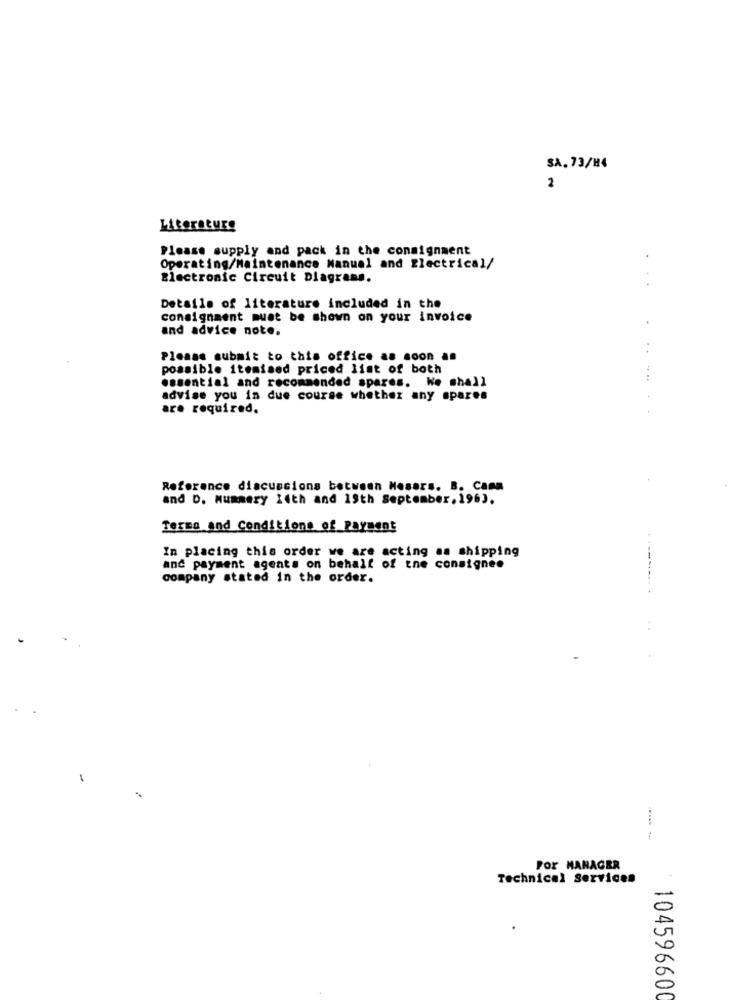
SA. 73/H4
2
Literature
Please supply and pack in the consignment
Operating/Maintenance Manual and Electrical/
Electronic Circuit Diagrams.
Details of literature included in the
consignment must be shown on your invoice
and advice note.
. ..
Please submit to this office as soon as
possible itemised priced list of both
essential and recommended spares. We shall
advise you in due course whether any spares
are required.
Reference discussions between Nosars. B. Cama
and D. Mummery 14th and 19th September.1963.
Terma and Conditions of Payment
In placing this order we are acting as shipping
and payment agents on behalf of tne consignee
company stated in the order.
Por MANAGER
Technical Services
104596600